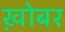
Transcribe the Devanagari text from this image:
ख़ोबर